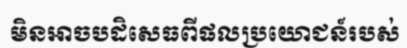
មិនអាចបដិសេធពីផលប្រយោជន៍របស់